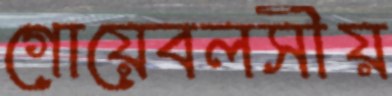
গোয়েবলসীয়